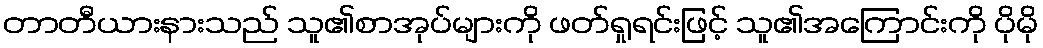
တာတီယားနားသည် သူ၏စာအုပ်များကို ဖတ်ရှုရင်းဖြင့် သူ၏အကြောင်းကို ပိုမို